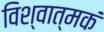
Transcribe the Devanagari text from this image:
विश्वात्मकं